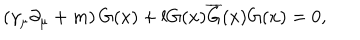
\left( \gamma _ { \mu } \partial _ { \mu } + m \right) G ( x ) + l G ( x ) \overline { { { G } } } ( x ) G ( x ) = 0 ,